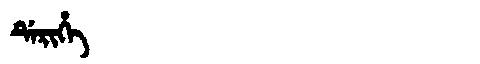
Manchu: ᡩᡝᡵᡳᡥᡝ
Romanization: DERIHE